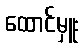
ထောင်မှူး